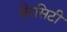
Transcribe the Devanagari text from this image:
वैरसिटी